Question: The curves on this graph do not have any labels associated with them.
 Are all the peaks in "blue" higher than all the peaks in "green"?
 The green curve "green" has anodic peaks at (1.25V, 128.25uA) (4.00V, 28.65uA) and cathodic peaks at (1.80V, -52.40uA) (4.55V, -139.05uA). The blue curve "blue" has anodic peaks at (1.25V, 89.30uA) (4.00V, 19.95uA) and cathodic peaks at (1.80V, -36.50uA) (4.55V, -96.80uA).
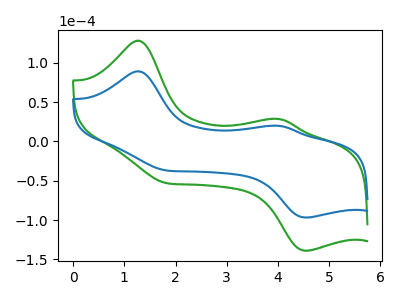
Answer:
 <answer>Every peak in "blue" is lower than every peak in "green".</answer>
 <eval>lower</eval>